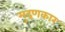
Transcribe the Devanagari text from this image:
मुद्रणकार